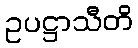
ဥပဋ္ဌာသီတိ